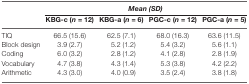
<table><thead><tr><td>[EMPTY_CELL]</td><td colspan="4"><b><i>Mean (SD)</i></b></td></tr><tr><td>[EMPTY_CELL]</td><td><b>KBG-c (<i>n</i> = 12)</b></td><td><b>KBG-a (<i>n</i> = 6)</b></td><td><b>PGC-c (<i>n</i> = 12)</b></td><td><b>PGC-a (<i>n</i> = 5)</b></td></tr></thead><tbody><tr><td>TIQ</td><td>66.5 (15.6)</td><td>62.5 (7.1)</td><td>68.0 (16.3)</td><td>63.6 (11.5)</td></tr><tr><td>Block design</td><td>3.9 (2.7)</td><td>5.2 (1.2)</td><td>5.4 (3.2)</td><td>5.6 (1.1)</td></tr><tr><td>Coding</td><td>6.0 (3.2)</td><td>2.8 (1.2)</td><td>4.1 (2.8)</td><td>2.8 (1.9)</td></tr><tr><td>Vocabulary</td><td>4.7 (3.8)</td><td>4.3 (1.4)</td><td>5.3 (3.8)</td><td>4.2 (2.2)</td></tr><tr><td>Arithmetic</td><td>4.3 (3.0)</td><td>4.0 (0.9)</td><td>3.5 (2.4)</td><td>3.8 (1.8)</td></tr></tbody></table>